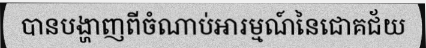
បានបង្ហាញពីចំណាប់អារម្មណ៍នៃជោគជ័យ